Report of the Imperial Institute of Veterinary Research, Muktesar
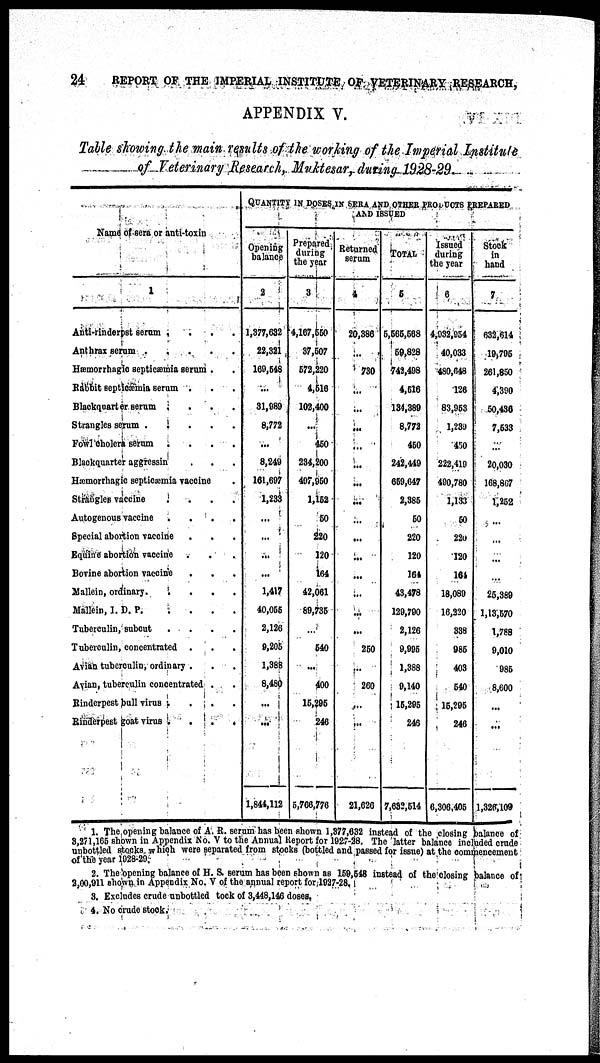
24
REPORT OF THE IMPERIAL INSTITUTE OF VETERINARY RESEARCH,
APPENDIX V.
Table showing the main results of the working of the Imperial Institute
of Veterinary Research, Muktesar, during 1928-29.
Name of sera or anti-toxin
1
Anti-rinderpst serum .
Anthrax serum
Hæmorrhagic septicæmia serum .
Rabbit septicæmia serum .
Blackquarter serum .
Strangles serum .
Fowl cholera serum
.
.
.
.
Blackquarter aggressin
Hæmorrhagic septicæmia vaccine
Strangles vaccine
.
.
.
.
Autogenous vaccine
.
Special abortion vaccine
Equins abortion vaccine
.
Bovine abortion vaccine
Mallein, ordinary.
.
.
.
.
Mallein, I. D. P.
Tuberculin, subcut
.
.
.
.
Tuberculin, concentrated
.
Avian tuberculin, ordinary .
Avian, tuberculin concentrated .
Rinderpest bull virus .
.
.
.
Rinderpest goat virus
.
QUANTITY IN DOSES IN SERA AND OTHER PRODUCTS PREPARED
AND ISSUED
Opening
balance
2
1,377,632
22,321
169,548
...
31,989
8,772
...
8,249
161,697
1,233
...
...
...
...
1,417
40,055
2,126
9,205
1,388
8,480
...
...
1,844,112
Prepared
during
the year
3
4,167,550
37,507
572,220
4,516
102,400
...
450
234,200
497,950
1,152
50
220
120
164
42,061
89,735
...
540
...
400
15,295
246
5,766,776
Returned
serum
4
20,386
...
730
...
...
...
...
...
...
...
...
...
...
...
...
...
...
250
...
260
...
...
21,626
TOTAL
5
5,565,568
59,828
742,498
4,516
134,389
8,772
450
242,449
659,647
2,385
50
220
120
164
43,478
129,790
2,126
9,995
1,388
9,140
15,295
246
7,632,514
Issued
during
the year
6
4,932,954
40,033
480,648
126
83,953
1,239
450
222,419
490,780
1,133
50
220
120
164
18,089
16,220
338
985
403
540
15,295
246
6,306,405
Stock
in
hand
7
632,614
19,795
261,850
4,390
50,436
7,533
...
20,030
168,867
1,252
...
...
...
25,389
1,13,570
1,788
9,010
985
8,600
...
1,326,109
1. The opening balance of A. R. serum has been shown 1,377,632 instead of the closing balance of
3,271,165 shown in Appendix No. V to the Annual Report for 1927-28. The latter balance included crude
unbottled stocks which were separated from stocks (bottled and passed for issue) at the commencement
of the year 1928-29.
2. The opening balance of H. S. serum has been shown as 159,548 instead of the closing balance of
2,00,911 shown in Appendix No. V of the annual report for 1927-28.
3. Excludes crude unbottled stock of 3,448,146 doses.
4. No crude stock.